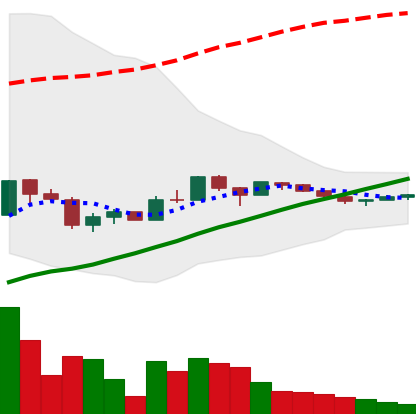
Ticker: LTC-USD
Chart end date: 2017-10-07
Forward return: 14.308%
Label: up_7plus